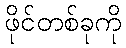
ဖိုင်တစ်ခုကို